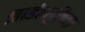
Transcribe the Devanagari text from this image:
झाडीपट्टीच्या